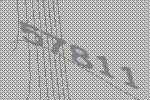
57811